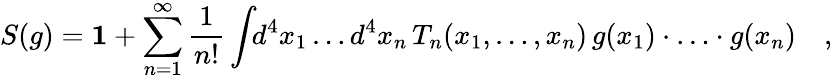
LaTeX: S(g)={\mathbf 1}+\sum_{n=1}^{\infty}\frac{1}{n!}\int\! \! d^{4}x_{1}\ldots d^{4}x_{n}\, T_{n}(x_{1},\ldots,x_{n})\, g(x_{1})\cdot\ldots\cdot g(x_{n})\quad,